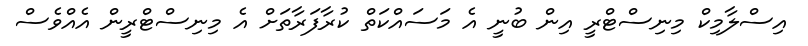
އިސްލާމިކް މިނިސްޓްރީ އިން ބުނީ އެ މަސައްކަތް ކުރާފަރާތަށް އެ މިނިސްޓްރީން އެއްވެސް